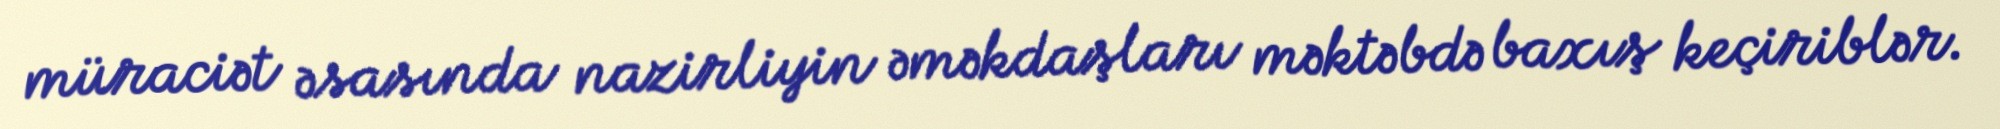
müraciət əsasında nazirliyin əməkdaşları məktəbdə baxış keçiriblər.